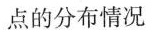
点的分布情况